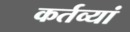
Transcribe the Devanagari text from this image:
कर्तव्यां